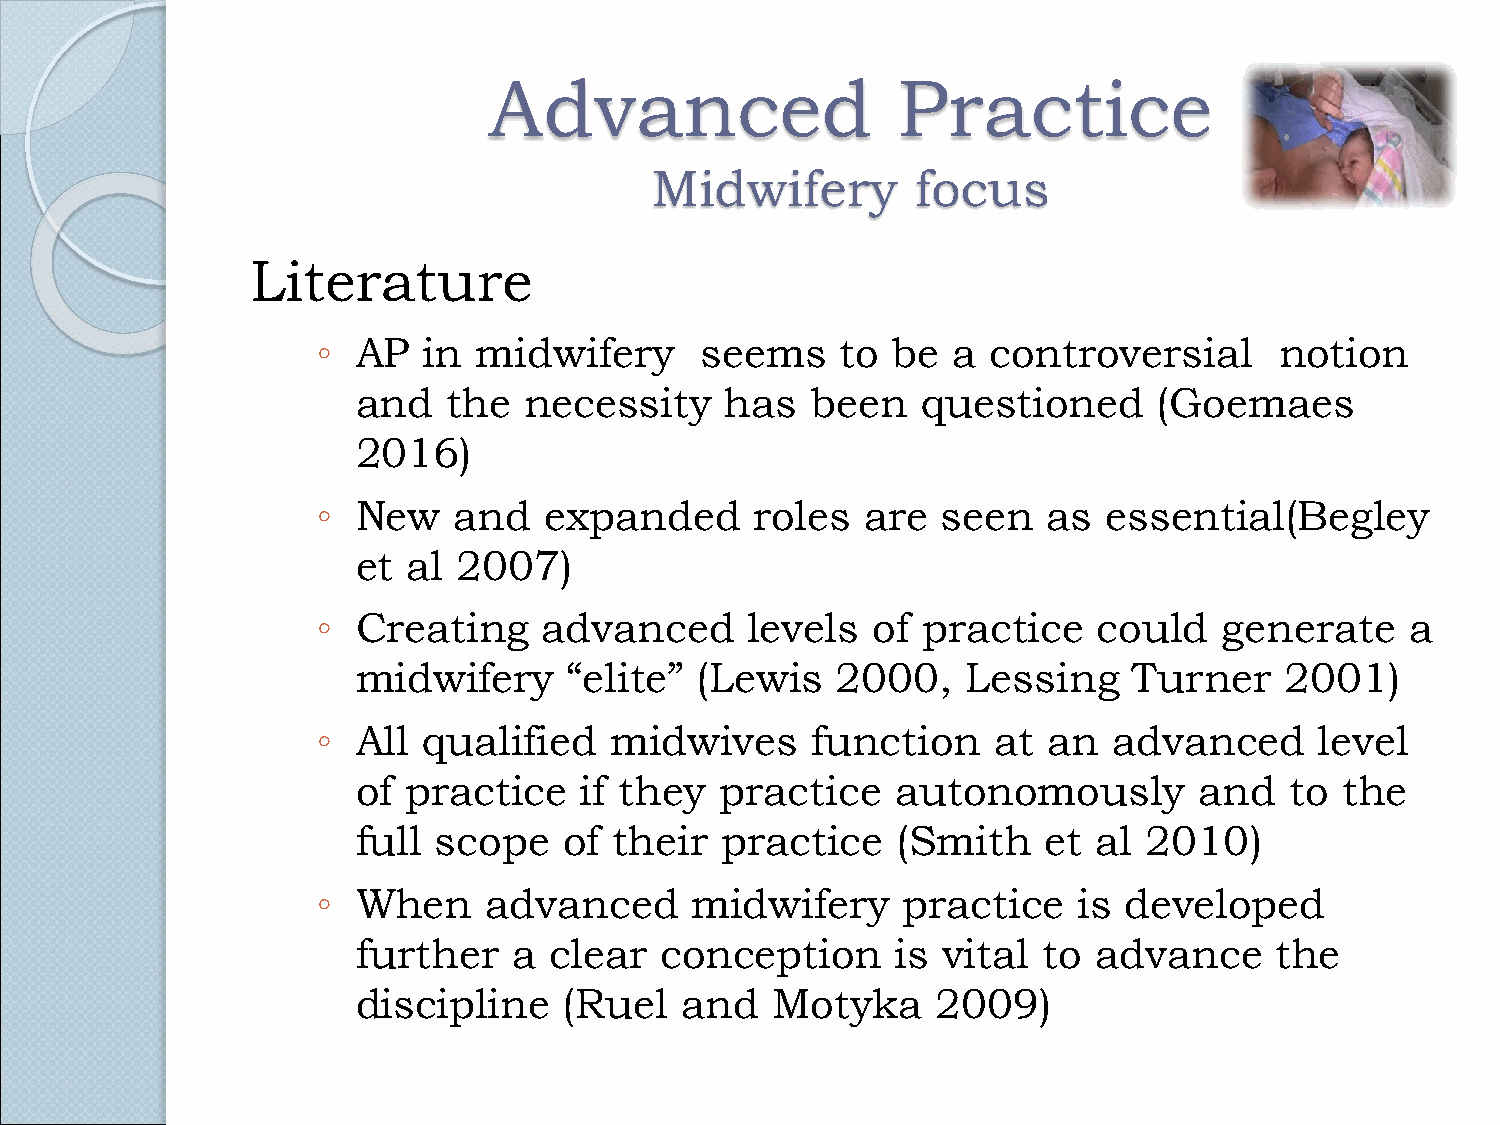
Advanced                   Practice
 Midwifery         focus
 Literature
 ◦  AP  in  midwifery     seems     to be  a  controversial      notion
 and   the  necessity    has   been   questioned      (Goemaes
 2016)
 ◦  New   and   expanded      roles  are  seen   as  essential(Begley
 et al 2007)
 ◦  Creating    advanced     levels   of practice    could   generate    a
 midwifery     “elite” (Lewis   2000,    Lessing    Turner    2001)
 ◦  All qualified   midwives      function    at an   advanced     level
 of practice   if they   practice   autonomously        and   to  the
 full scope   of  their  practice   (Smith    et  al 2010)
 ◦  When    advanced      midwifery     practice   is developed
 further   a clear   conception     is vital  to  advance    the
 discipline   (Ruel   and   Motyka     2009)